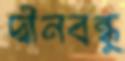
দ্বীনবন্ধু